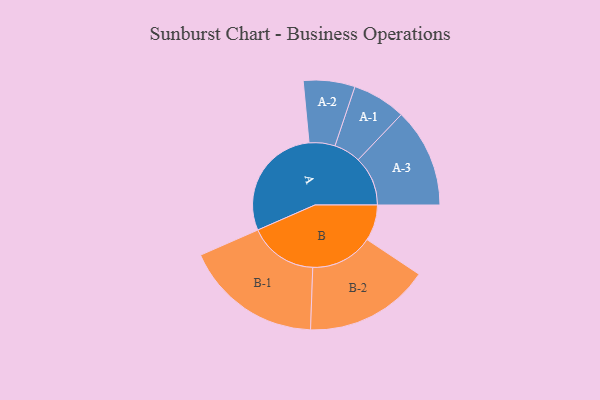
{"axis": {"x": "Segment", "y": "Value"}, "legend": ["", "A", "B"], "data": [{"x": "A", "y": 476, "type": ""}, {"x": "B", "y": 148, "type": ""}, {"x": "A-1", "y": 110, "type": "A"}, {"x": "A-2", "y": 106, "type": "A"}, {"x": "A-3", "y": 204, "type": "A"}, {"x": "B-1", "y": 283, "type": "B"}, {"x": "B-2", "y": 257, "type": "B"}]}